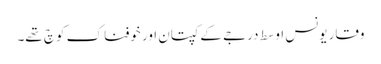
وقار یونس اوسط درجے کے کپتان اور خوفناک کوچ تھے۔